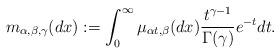
LaTeX: \begin{align*}m_{\alpha,\beta,\gamma}(dx):=\int_0^{\infty}\mu_{\alpha t, \beta}(dx)\frac{t^{\gamma-1}}{\Gamma(\gamma)}e^{-t}dt.\end{align*}